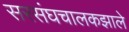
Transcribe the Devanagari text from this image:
सरसंघचालकझाले